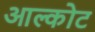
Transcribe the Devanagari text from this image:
आल्कोट